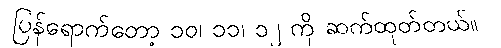
ပြန်ရောက်တော့ ၁၀၊ ၁၁၊ ၁၂ ကို ဆက်ထုတ်တယ်။